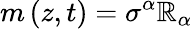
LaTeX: m\left(z,t\right)=\sigma^{\alpha}\mathbb{R}_{\alpha}